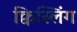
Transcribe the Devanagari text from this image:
क्विस्लिंग